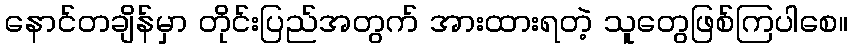
နောင်တချိန်မှာ တိုင်းပြည်အတွက် အားထားရတဲ့ သူတွေဖြစ်ကြပါစေ။